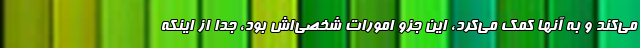
می‌کند و به آنها کمک می‌کرد، این جزو امورات شخصی‌اش بود، جدا از اینکه